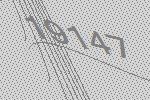
19147